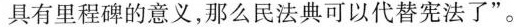
具有里程碑的意义,那么民法典可以代替宪法了”。